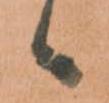
候